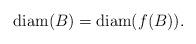
LaTeX: \begin{align*} \mathrm{diam}(B) = \mathrm{diam}(f(B)). \end{align*}